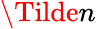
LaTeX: \Tilde{n}